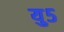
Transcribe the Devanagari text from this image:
यु५